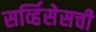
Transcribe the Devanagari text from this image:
सर्व्हिसेसची